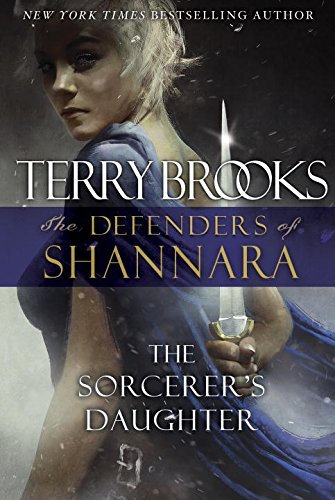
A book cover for The Sorcerer's Daughter: The Defenders of Shannara; Terry Brooks; Science Fiction & Fantasy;